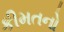
કીમતનો